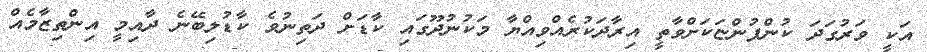
އަކީ ވަރުގަދަ ކުންފުންޏަކަށްވާތީ އިރާދަކުރެއްވިއްޔާ މަކުނުދޫގައި ކާޑަށް ދަތިނުވެ ކާޑުލިބޭނެ ދާއިމީ އިންތިޒާމެއް